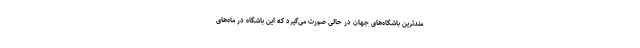
مندترین باشگاه‌های جهان در حالی صورت می‌گیرد که این باشگاه در ماه‌های